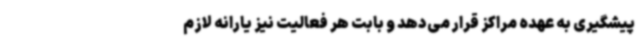
پیشگیری به عهده مراکز قرار می‌دهد و بابت هر فعالیت نیز یارانه لازم